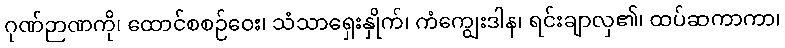
ဂုဏ်ဉာဏကို၊ ထောင်စစဉ်ဝေး၊ သံသာရှေးနှိုက်၊ ကံကျွေးဒါန၊ ရင်းချာလှ၏၊ ထပ်ဆကာကာ၊